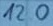
Text: 120